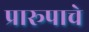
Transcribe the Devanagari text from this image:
प्रारूपाचे